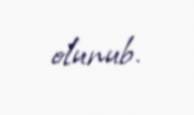
olunub.